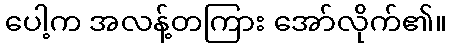
ပေါ့က အလန့်တကြား အော်လိုက်၏။